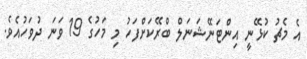
އެ މެޗު ކުޅޭނީ އިންޓަނޭޝަނަލް ބްރޭކަށްފަހު މި މަހުގެ 19 ވަނަ ދުވަހުއެވެ.